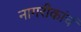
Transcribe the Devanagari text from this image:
नागरीकांचं